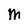
Character: M